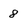
Character: 8